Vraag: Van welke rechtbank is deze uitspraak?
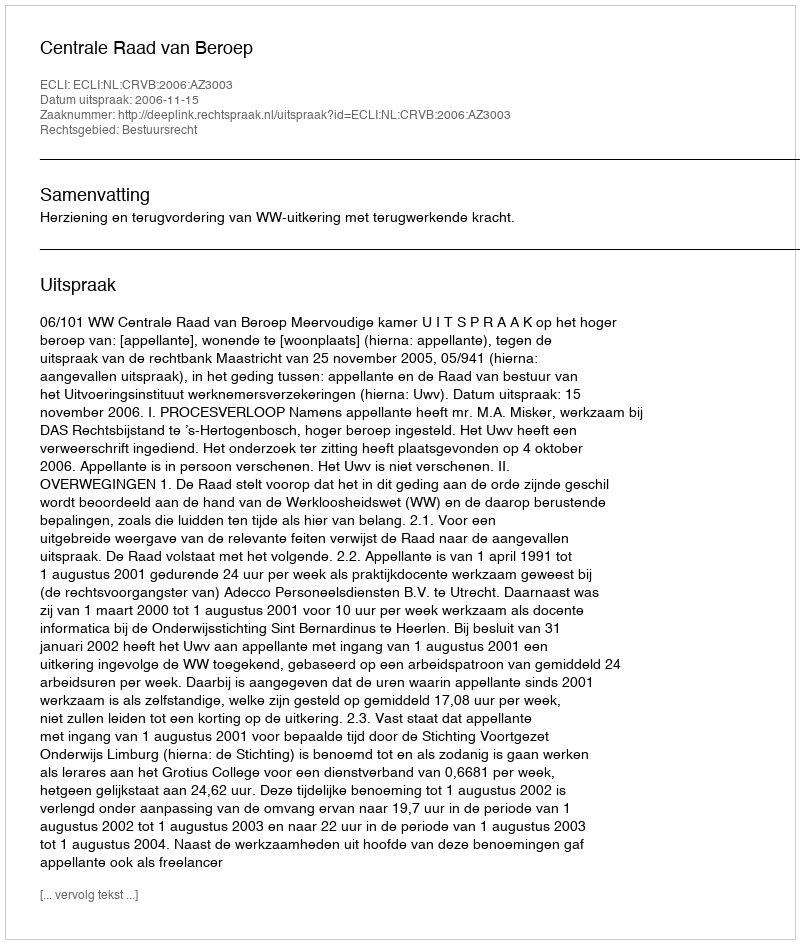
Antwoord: Centrale Raad van Beroep